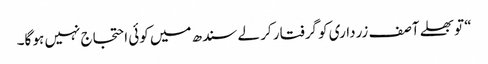
“ تو بھلے آصف زرداری کو گرفتار کر لے سندھ میں کوئی احتجاج نہیں ہو گا۔